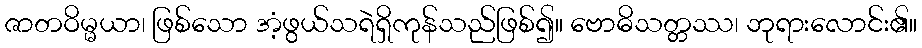
ဇာတဝိမ္မယာ၊ ဖြစ်သော အံ့ဖွယ်သရဲရှိကုန်သည်ဖြစ်၍။ ဗောဓိသတ္တဿ၊ ဘုရားလောင်း၏။